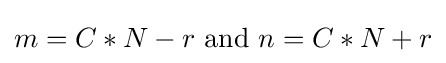
m=C*N-r{\mbox{ and }}n=C*N+r